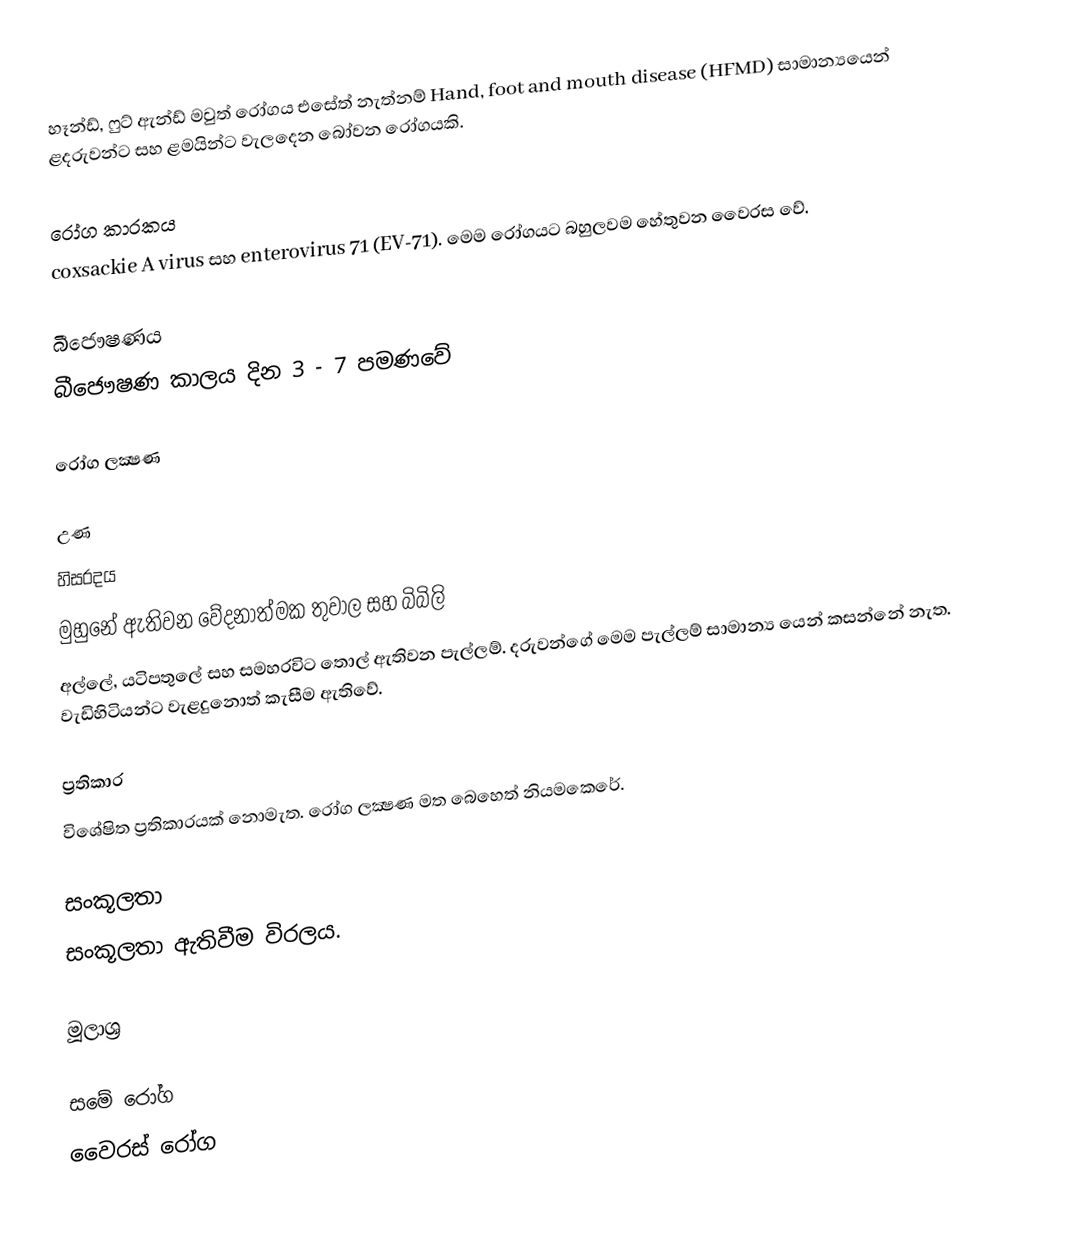
හෑන්ඩ්, ෆුට් ඇන්ඩ් මවුත් රෝගය එසේත් නැත්නම් Hand, foot and mouth disease (HFMD) සාමාන්‍යයෙන් ළදරුවන්ට සහ ළමයින්ට වැලදෙන බෝවන රෝගයකි.

රෝග කාරකය
coxsackie A virus සහ enterovirus 71 (EV-71). මෙම රෝගයට බහුලවම හේතුවන වෛරස වේ.

බීජෞෂණය
බීජෞෂණ කාලය දින 3 - 7 පමණවේ

රෝග ලක්‍ෂණ

 උණ
 හිසරදය
 මුහුනේ ඇතිවන වේදනාත්මක තුවාල සහ බිබිලි
 අල්ලේ, යටිපතුලේ සහ සමහරවිට තොල් ඇතිවන පැල්ලම්. දරුවන්ගේ මෙම පැල්ලම් සාමාන්‍ය යෙන් කසන්නේ නැත. වැඩිහිටියන්ට වැළදුනොත් කැසීම ඇතිවේ.

ප්‍රතිකාර
විශේෂිත ප්‍රතිකාරයක් නොමැත. රෝග ලක්‍ෂණ මත බෙහෙත් නියමකෙරේ.

සංකූලතා
සංකූලතා ඇතිවීම විරලය.

මූලාශ්‍ර

සමේ රෝග
වෛරස් රෝග